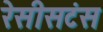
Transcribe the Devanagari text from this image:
रेसीसटंस